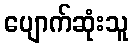
ပျောက်ဆုံးသူ